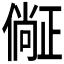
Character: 𣦛